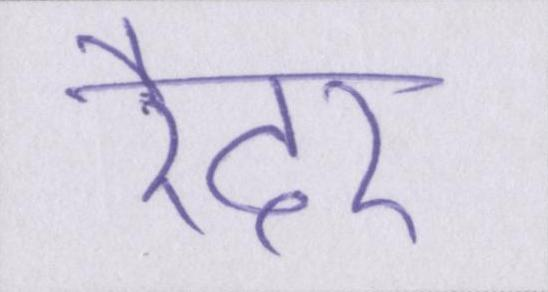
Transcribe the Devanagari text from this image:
रैदर